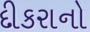
દીકરાનો